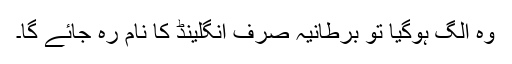
وہ الگ ہوگیا تو برطانیہ صرف انگلینڈ کا نام رہ جائے گا۔